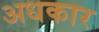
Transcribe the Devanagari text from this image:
अधकार